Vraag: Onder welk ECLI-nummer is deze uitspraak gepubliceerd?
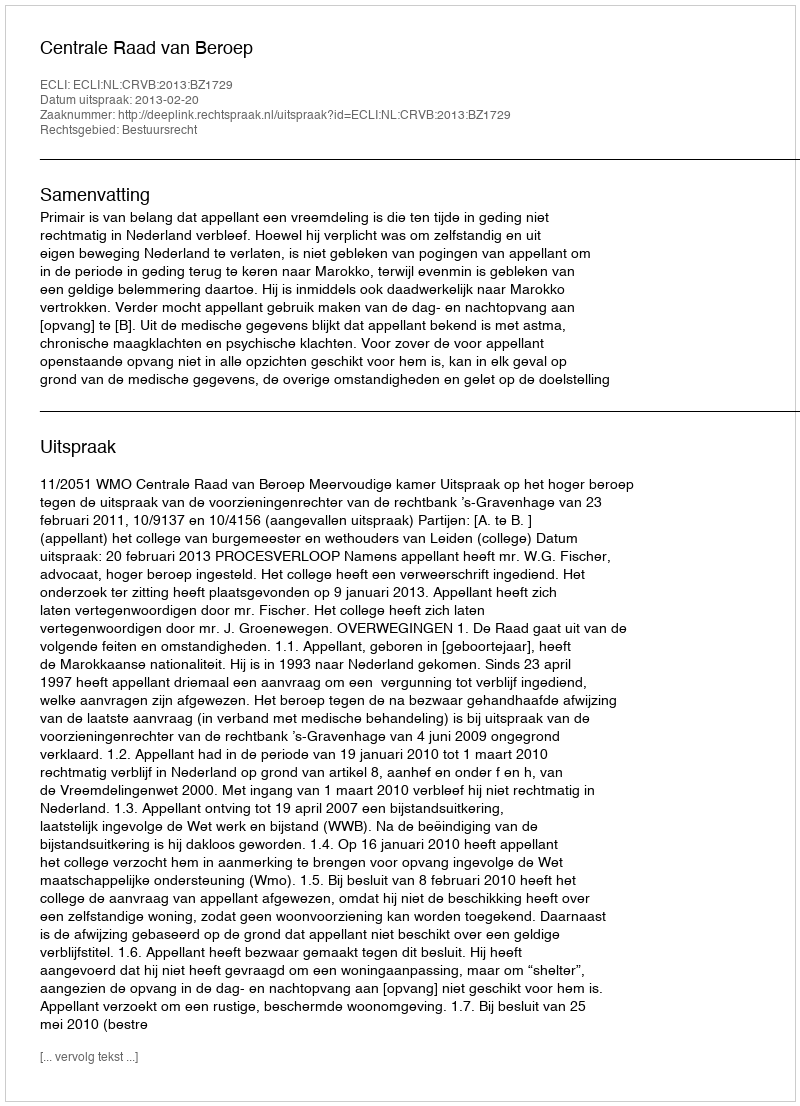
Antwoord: ECLI:NL:CRVB:2013:BZ1729